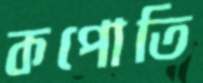
কপোতি